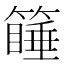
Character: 𰪚